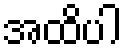
အထိပါ